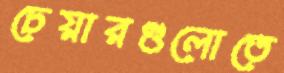
চেয়ারগুলোতে